Plague in India, 1896, 1897 - Volume 3
Year: 1896
Disease focus: Plague
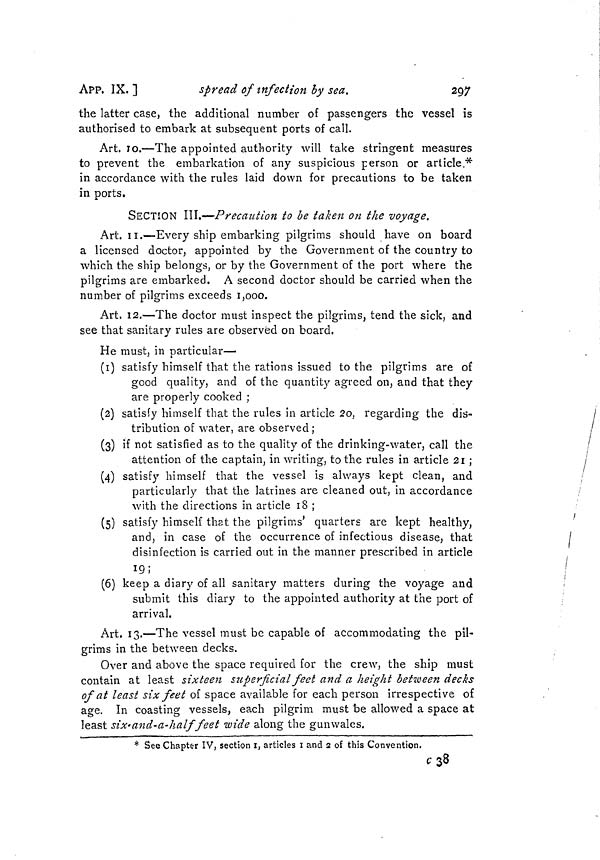
APP. IX.]
spread of infection by sea.
297
the latter case, the additional number of passengers the vessel is
authorised to embark at subsequent ports of call.
Art. ID.—The appointed authority will take stringent measures
to prevent the embarkation of any suspicious person or article.*
in accordance with the rules laid down for precautions to be taken
in ports.
SECTION III.—Precatition to be taken on the voyage.
Art. II.—Every ship embarking pilgrims should have on board
a licensed doctor, appointed by the Government of the country to
which the ship belongs, or by the Government of the port where the
pilgrims are embarked. A second doctor should be carried when the
number of pilgrims exceeds 1,000.
Art. 12.—The doctor must inspect the pilgrims, tend the sick, and
see that sanitary rules are observed on board.
He must, in particular—
(1) satisfy himself that the rations issued to the pilgrims are of
good quality, and of the quantity agreed on, and that they
are properly cooked ;
(2) satisfy himself that the rules in article 2o, regarding the dis-
tribution of water, are observed ;
(3) if not satisfied as to the quality of the drinking-water, call the
attention of the captain, in writing, to the rules in article 21 ;
(4) satisfy himself that the vessel is always kept clean, and
particularly that the latrines are cleaned out, in accordance
with the directions in article 18 ;
(5) satisfy himself that the pilgrims' quarters are kept healthy,
and, in case of the occurrence of infectious disease, that
disinfection is carried out in the manner prescribed in article
19;
(6) keep a diary of all sanitary matters during the voyage and
submit this diary to the appointed authority at the port of
arrival.
Art. 13.—The vessel must be capable of accommodating the pil-
grims in the between decks.
Over and above the space required for the crew, the ship must
contain at least sixteen superficial feet and a height between decks
of at least six feet of space available for each person irrespective of
age. In coasting vessels, each pilgrim must be allowed a space at
least six-and-a-half feet wide along the gunwales.
* See Chapter IV, section I, articles 1 and 2 of this Convention.
C38